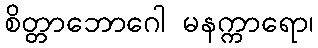
စိတ္တာဘောဂေါ မနက္ကာရော၊